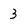
Character: 3